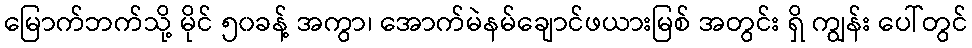
မြောက်ဘက်သို့ မိုင် ၅၀ခန့် အကွာ၊ အောက်မဲနမ်ချောင်ဖယားမြစ် အတွင်း ရှိ ကျွန်း ပေါ်တွင်